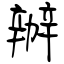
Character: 辦